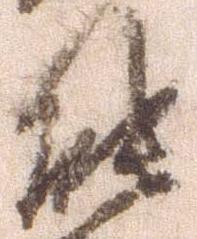
能